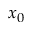
x _ { 0 }